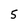
Character: 5